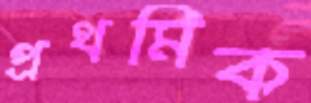
প্রথমিক